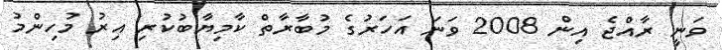
ވަނީ ރާއްޖެ އިން 2008 ވަނަ އަހަރުގެ މުބާރާތް ކާމިޔާބުކުރި އިރު މުހިންމު